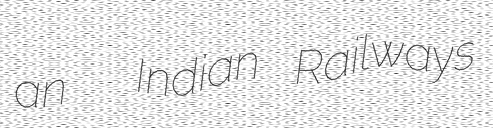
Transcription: an  Indian Railways